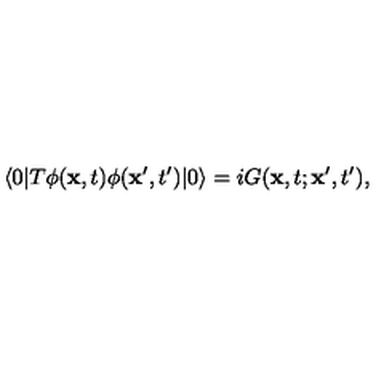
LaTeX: \langle 0 | T \phi ( { \bf x } , t ) \phi ( { \bf x ^ { \prime } } , t ^ { \prime } ) | 0 \rangle = i G ( { \bf x } , t ; { \bf x } ^ { \prime } , t ^ { \prime } ) ,